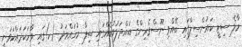
މާލެ ސިޓީ ކައުންސިލްގައި ބޭއްވި ނޫސްވެރިންގެ ބައްދަލުވުމެއްގައި ޝިފާ މުހައްމަދު (ކ)ގައި ވާހަކަދައްކަވަނީ